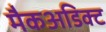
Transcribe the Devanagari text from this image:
मैकअडिक्ट